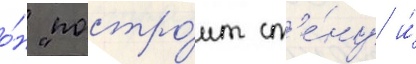
о́н "постро́ит ст'е́ну и́